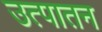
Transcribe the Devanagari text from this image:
उत्पातन